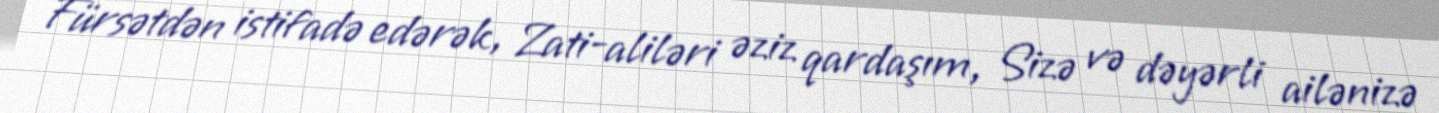
Fürsətdən istifadə edərək, Zati-aliləri əziz qardaşım, Sizə və dəyərli ailənizə